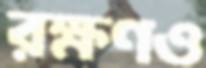
রক্ষণও